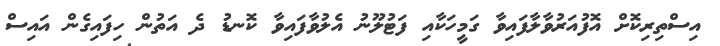
އިސްތިރިކޮށް އޮފުއަރުވާލާފައިވާ ގަމީހަކާއި ފަޓުލޫނު އެލުވާފައިވާ ކޮނޑު ދެ އަތުން ހިފައިގެން އައިސް